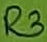
Text: R3